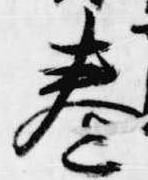
巻